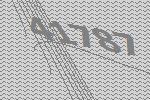
41787